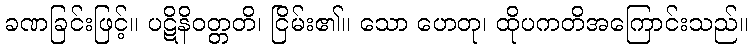
ခဏခြင်းဖြင့်။ ပဋိနိဝတ္တတိ၊ ငြိမ်း၏။ သော ဟေတု၊ ထိုပကတိအကြောင်းသည်။